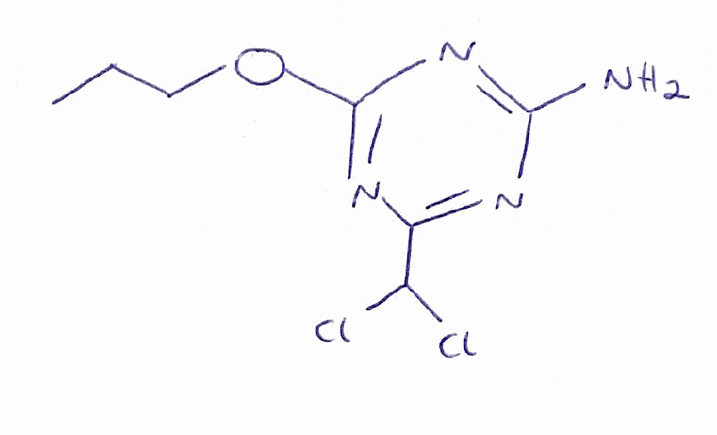
Simplified molecular-input line-entry system (SMILES) notation of the given molecule:
CCCOC1=NC(=NC(=N1)N)C(Cl)Cl